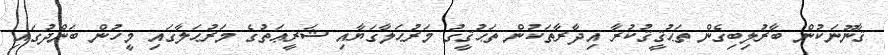
ޤާނޫނަކުން ބާރުލިބިގެން ތަޙުޤީޤުކުރާ އިދާރާތަކުން ތަޙުޤީގު މަރުޙަލާގަޔާއި ޝަރީޢަތުގެ މަރުޙަލާގައި މީހުން ބަންދުގައި